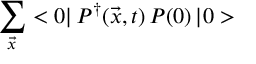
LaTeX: \sum _ { \vec { x } } < 0 | \, { \cal P } ^ { \dagger } ( \vec { x } , t ) \, { \cal P } ( 0 ) \, | 0 >